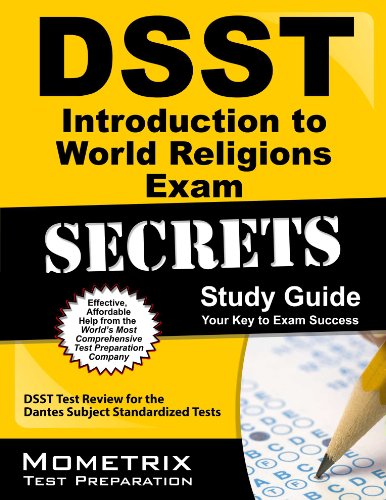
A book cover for DSST Introduction to World Religions Exam Secrets Study Guide: DSST Test Review for the Dantes Subject Standardized Tests; DSST Exam Secrets Test Prep Team; Test Preparation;